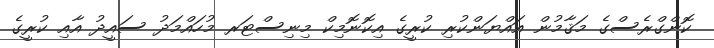
ކޮންގްރެސްގެ މަޤާމުން އައްޔަންކުރި ކުރީގެ އިކޮނޮމިކް މިނިސްޓަރ މުހައްމަދު ސައީދު އާއި ކުރީގެ